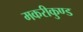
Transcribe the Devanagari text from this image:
मकरीकुण्‍ड